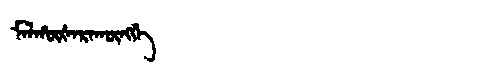
Manchu: ᠮᠠᠯᡥᡡᡧᠠᡵᠠᡴᡡᠩᡤᡝ
Romanization: MALHŪŠARAKŪNGGE